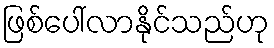
ဖြစ်ပေါ်လာနိုင်သည်ဟု